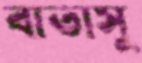
বাতাসু